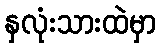
နှလုံးသားထဲမှာ